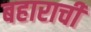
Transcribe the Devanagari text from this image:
बहाराची